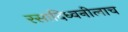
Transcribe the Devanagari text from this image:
रसादिध्वनीलाच